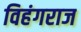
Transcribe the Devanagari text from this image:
विहंगराज